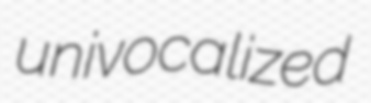
univocalized